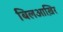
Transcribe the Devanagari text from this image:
बिलआख़िर